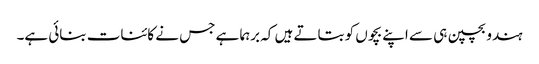
ہندو بچپن ہی سے اپنے بچوں کو بتاتے ہیں کہ برہما ہے جس نے کائنات بنائی ہے۔